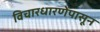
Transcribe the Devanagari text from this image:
विचारधारणेपासून